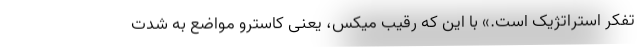
تفکر استراتژیک است.» با این که رقیب میکس، یعنی کاسترو مواضع به شدت